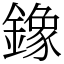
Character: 鐌